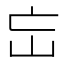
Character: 𡵍